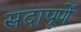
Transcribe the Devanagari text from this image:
सदापूर्णे